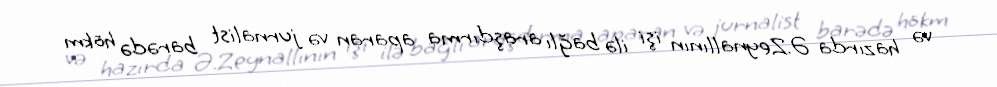
və hazırda Ə.Zeynallının işi ilə bağlı araşdırma aparan və jurnalist barədə hökm